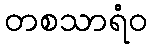
တစသာရံဝ